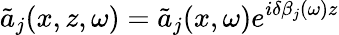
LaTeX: \tilde{a}_{j}(x,z,\omega)=\tilde{a}_{j}(x,\omega)e^{i\delta\beta_{j}(\omega)z}